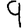
Digit: 9